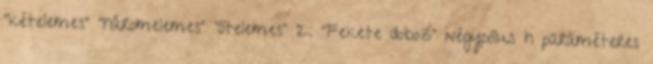
"kételemes" "háromelemes” "ötelemes" 2. "Fekete doboz" négypólus h paraméteres